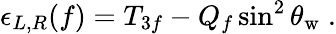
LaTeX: \epsilon_{L,R}(f)=T_{3f}-Q_{f}\sin^{2}\theta_{\mathrm{w}}\; .